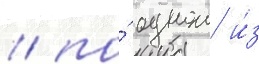
/ по́ однои и́з